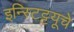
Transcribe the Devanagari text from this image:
इन्स्टिट्टयूचे